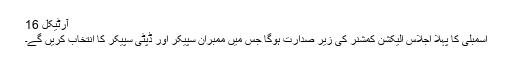
آرٹیکل 16
اسمبلی کا پہلا اجلاس الیکشن کمشنر کی زیر صدارت ہوگا جس میں ممبران سپیکر اور ڈپٹی سپیکر کا انتخاب کریں گے۔